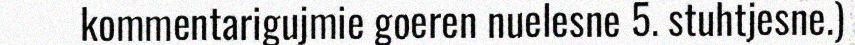
kommentarigujmie goeren nuelesne 5. stuhtjesne.)